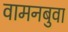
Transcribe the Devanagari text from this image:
वामनबुवा